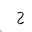
Letter: _ha